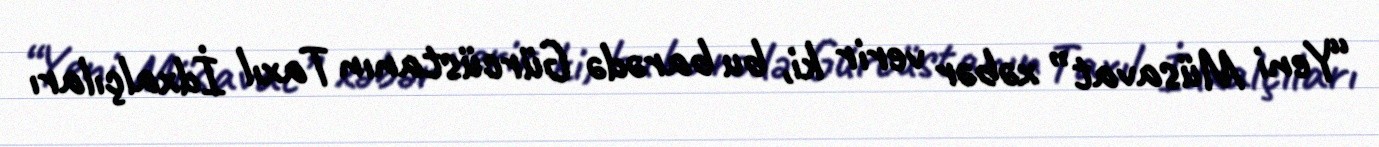
“Yeni Müsavat” xəbər verir ki, bu barədə Gürcüstanın Taxıl İdxalçıları